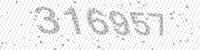
Solution: 316957